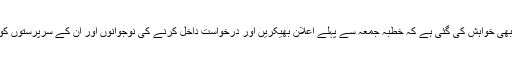
ائمہ مساجد سے بھی خواہش کی گئی ہے کہ خطبہ جمعہ سے پہلے اعلان بھیکریں اور درخواست داخل کرنے کی نوجوانوں اور ان کے سرپرستوں کو تلقین بھی کریں۔